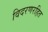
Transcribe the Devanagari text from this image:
विदरणरहित